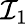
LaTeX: {\cal I}_{1}